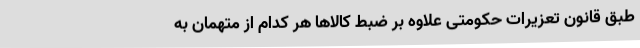
طبق قانون تعزیرات حکومتی علاوه بر ضبط کالاها هر کدام از متهمان به